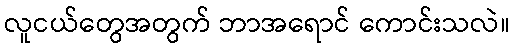
လူငယ်တွေအတွက် ဘာအရောင် ကောင်းသလဲ။